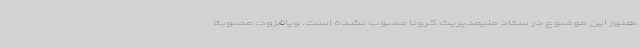
هنوز این موضوع در ستاد ملیمدیریت کرونا مصوب نشده است. ویافزود: مصوبه